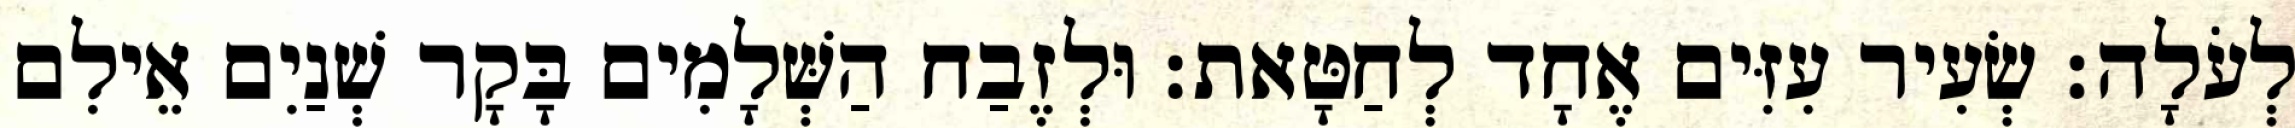
לְעֹלָה׃ שְׂעִיר עִזִּים אֶחָד לְחַטָּאת׃ וּלְזֶבַח הַשְּׁלָמִים בָּקָר שְׁנַיִם אֵילִם